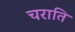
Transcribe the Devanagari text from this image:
चराति